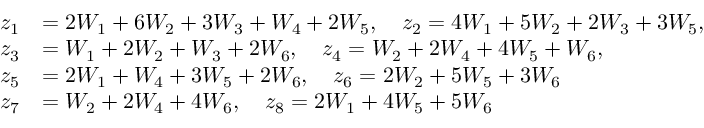
\begin{array} { r l } { z _ { 1 } } & { = 2 W _ { 1 } + 6 W _ { 2 } + 3 W _ { 3 } + W _ { 4 } + 2 W _ { 5 } , \ \ \ z _ { 2 } = 4 W _ { 1 } + 5 W _ { 2 } + 2 W _ { 3 } + 3 W _ { 5 } , } \\ { z _ { 3 } } & { = W _ { 1 } + 2 W _ { 2 } + W _ { 3 } + 2 W _ { 6 } , \ \ \ z _ { 4 } = W _ { 2 } + 2 W _ { 4 } + 4 W _ { 5 } + W _ { 6 } , } \\ { z _ { 5 } } & { = 2 W _ { 1 } + W _ { 4 } + 3 W _ { 5 } + 2 W _ { 6 } , \ \ \ z _ { 6 } = 2 W _ { 2 } + 5 W _ { 5 } + 3 W _ { 6 } } \\ { z _ { 7 } } & { = W _ { 2 } + 2 W _ { 4 } + 4 W _ { 6 } , \ \ \ z _ { 8 } = 2 W _ { 1 } + 4 W _ { 5 } + 5 W _ { 6 } } \end{array}